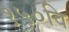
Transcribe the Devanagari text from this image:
१५०वि